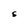
Character: S